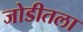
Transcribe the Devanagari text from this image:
जोडीतला